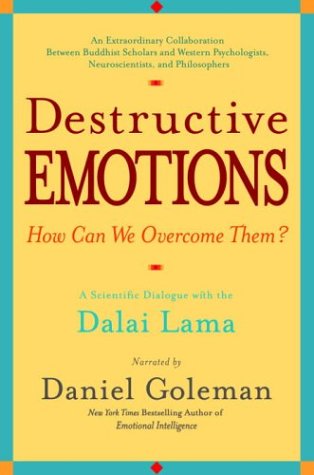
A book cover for Destructive Emotions: A Scientific Dialogue with the Dalai Lama; Daniel Goleman; Religion & Spirituality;